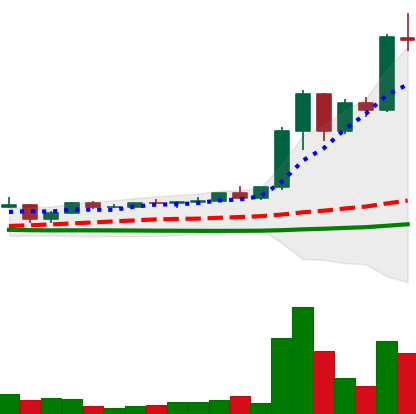
Ticker: XRP-USD
Chart end date: 2021-04-11
Forward return: 14.479%
Label: up_7plus